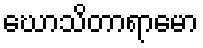
ဃောသိတာရာမော